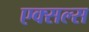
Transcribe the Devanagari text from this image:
एक्सल्स